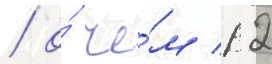
/ о́ че́м 12